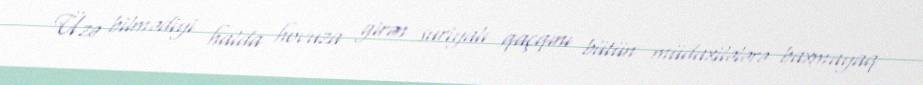
Üzə bilmədiyi halda hovuza girən suriyalı qaçqını bütün müdaxilələrə baxmayaq